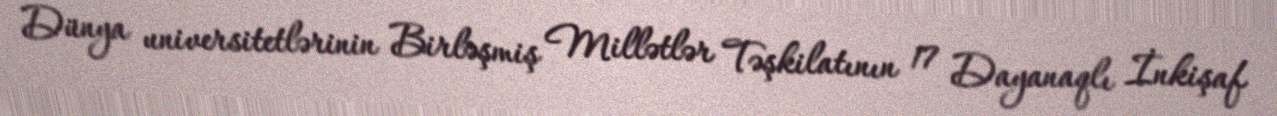
Dünya universitetlərinin Birləşmiş Millətlər Təşkilatının 17 Dayanaqlı İnkişaf